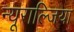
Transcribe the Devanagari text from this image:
न्यूराल्जिया